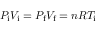
P _ { \mathrm { i } } V _ { \mathrm { i } } = P _ { \mathrm { f } } V _ { \mathrm { f } } = n R T _ { \mathrm { i } }